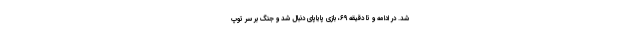
شد. در ادامه و تا دقیقه ۶۹، بازی پایاپای دنبال شد و جنگ بر سر توپ